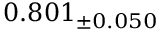
0 . 8 0 1 _ { \pm 0 . 0 5 0 }